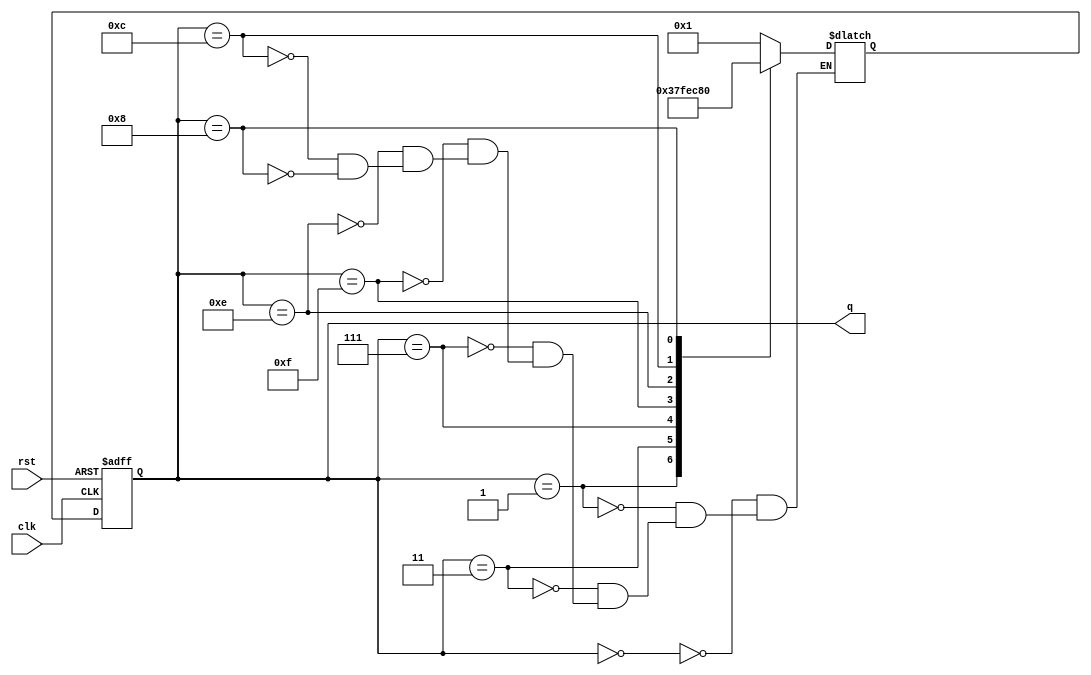
module johnson_counter (
    input clk,
    input rst,
    output reg [3:0] q
);

reg [3:0] next_q;

always @(posedge clk or posedge rst) begin
    if (rst) begin
        q <= 4'b0000;
    end else begin
        q <= next_q;
    end
end

always @* begin
    case (q)
        4'b0000: next_q = 4'b0001;
        4'b0001: next_q = 4'b0011;
        4'b0011: next_q = 4'b0111;
        4'b0111: next_q = 4'b1111;
        4'b1111: next_q = 4'b1110;
        4'b1110: next_q = 4'b1100;
        4'b1100: next_q = 4'b1000;
        4'b1000: next_q = 4'b0000;
    endcase
end

endmodule